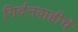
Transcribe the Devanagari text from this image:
गिर्दनवाहीचे